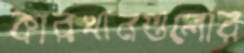
কারখানগুলোর